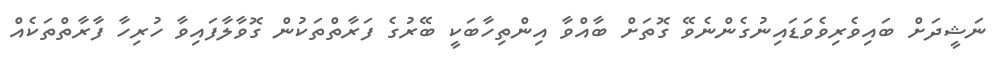
ނަޝީދަށް ބައިވެރިވެވަޑައިނުގެންނެވޭ ގޮތަށް ބާއްވާ އިންތިހާބަކީ ބޭރުގެ ފަރާތްތަކުން ގޮވާލާފައިވާ ހުރިހާ ފާރާތްތަކެއް